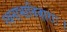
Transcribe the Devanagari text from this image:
रथनाभाविवाराः।